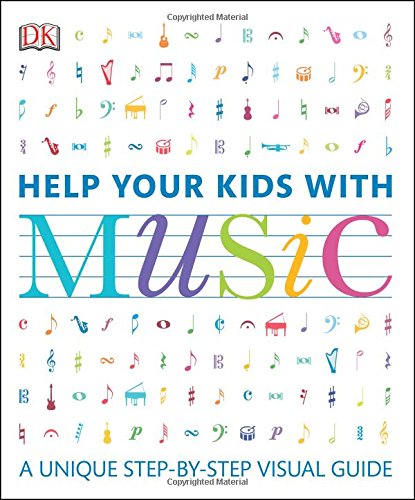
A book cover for Help Your Kids with Music; DK; Parenting & Relationships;